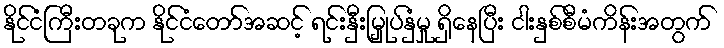
နိုင်ငံကြီးတခုက နိုင်ငံတော်အဆင့် ရင်းနှီးမြှုပ်နှံမှု ရှိနေပြီး ငါးနှစ်စီမံကိန်းအတွက်